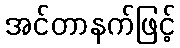
အင်တာနက်ဖြင့်